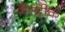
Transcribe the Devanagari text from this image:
गैस्ट्रीक